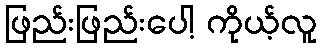
ဖြည်းဖြည်းပေါ့ ကိုယ့်လူ